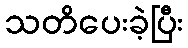
သတိပေးခဲ့ပြီး